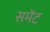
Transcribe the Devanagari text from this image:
समेंट